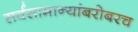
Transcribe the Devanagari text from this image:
सर्वसामान्यांबरोबरच